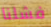
فشلنا